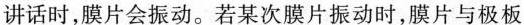
讲话时，膜片会振动。若某次膜片振动时，膜片与极板